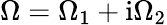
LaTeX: \Omega=\Omega_{1}+\mathrm{i}\Omega_{2}